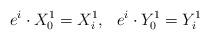
LaTeX: \begin{align*}e^i\cdot X_0^1=X_i^1,\ \ e^i \cdot Y_0^1=Y_i^1\end{align*}